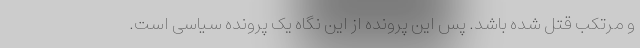
و مرتکب قتل شده باشد. پس این پرونده از این نگاه یک پرونده سیاسی است.